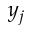
y _ { j }